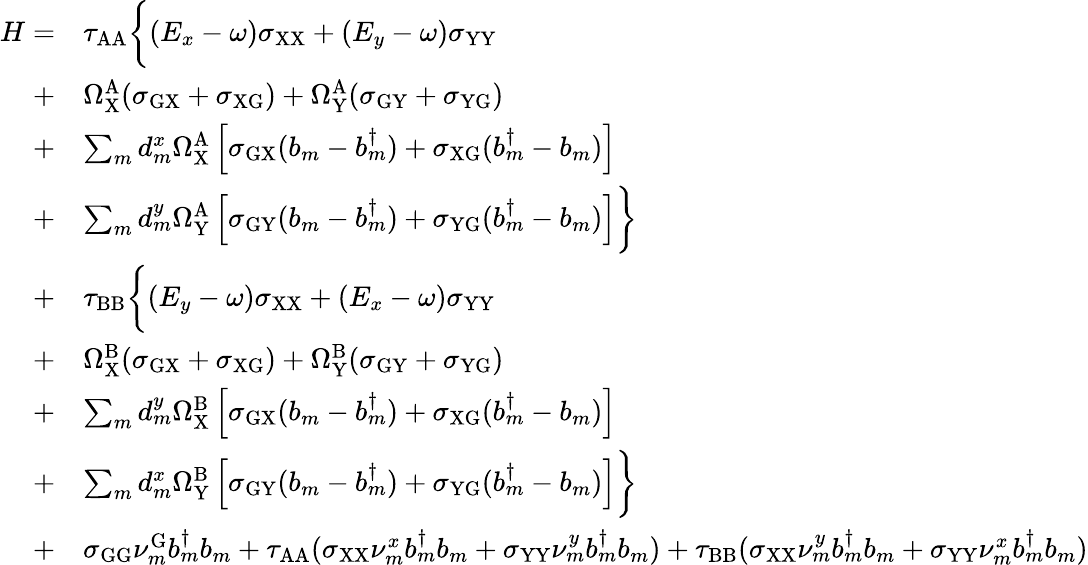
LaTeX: \begin{array}{rl}{H=}&{\tau_{\mathrm{AA}}\bigg\{ (E_{x}-\omega)\sigma_{\mathrm{XX}}+(E_{y}-\omega)\sigma_{\mathrm{YY}}}\\ {+}&{\Omega_{\mathrm{X}}^{\mathrm{A}}(\sigma_{\mathrm{GX}}+\sigma_{\mathrm{XG}})+\Omega_{\mathrm{Y}}^{\mathrm{A}}(\sigma_{\mathrm{GY}}+\sigma_{\mathrm{YG}})}\\ {+}&{\sum_{m}d_{m}^{x}\Omega_{\mathrm{X}}^{\mathrm{A}}\left[\sigma_{\mathrm{GX}}(b_{m}-b_{m}^{\dagger})+\sigma_{\mathrm{X}\mathrm{G}}(b_{m}^{\dagger}-b_{m})\right]}\\ {+}&{\sum_{m}d_{m}^{y}\Omega_{\mathrm{Y}}^{\mathrm{A}}\left[\sigma_{\mathrm{GY}}(b_{m}-b_{m}^{\dagger})+\sigma_{\mathrm{Y}\mathrm{G}}(b_{m}^{\dagger}-b_{m})\right]\bigg\} }\\ {+}&{\tau_{\mathrm{BB}}\bigg\{ (E_{y}-\omega)\sigma_{\mathrm{XX}}+(E_{x}-\omega)\sigma_{\mathrm{YY}}}\\ {+}&{\Omega_{\mathrm{X}}^{\mathrm{B}}(\sigma_{\mathrm{GX}}+\sigma_{\mathrm{XG}})+\Omega_{\mathrm{Y}}^{\mathrm{B}}(\sigma_{\mathrm{GY}}+\sigma_{\mathrm{YG}})}\\ {+}&{\sum_{m}d_{m}^{y}\Omega_{\mathrm{X}}^{\mathrm{B}}\left[\sigma_{\mathrm{GX}}(b_{m}-b_{m}^{\dagger})+\sigma_{\mathrm{X}\mathrm{G}}(b_{m}^{\dagger}-b_{m})\right]}\\ {+}&{\sum_{m}d_{m}^{x}\Omega_{\mathrm{Y}}^{\mathrm{B}}\left[\sigma_{\mathrm{GY}}(b_{m}-b_{m}^{\dagger})+\sigma_{\mathrm{Y}\mathrm{G}}(b_{m}^{\dagger}-b_{m})\right]\bigg\} }\\ {+}&{\sigma_{\mathrm{GG}}\nu_{m}^{\mathrm{G}}b_{m}^{\dagger}b_{m}+\tau_{\mathrm{AA}}(\sigma_{\mathrm{XX}}\nu_{m}^{x}b_{m}^{\dagger}b_{m}+\sigma_{\mathrm{YY}}\nu_{m}^{y}b_{m}^{\dagger}b_{m})+\tau_{\mathrm{BB}}(\sigma_{\mathrm{XX}}\nu_{m}^{y}b_{m}^{\dagger}b_{m}+\sigma_{\mathrm{YY}}\nu_{m}^{x}b_{m}^{\dagger}b_{m})}\end{array}